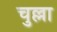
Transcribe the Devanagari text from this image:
चुल्ला